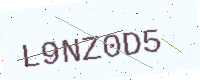
Text: L9NZ0D5